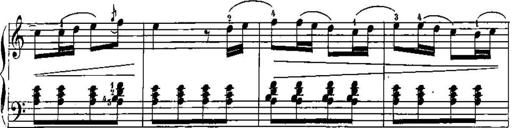
Title: Trois sonatines
Composer: Maurice Emmanuel